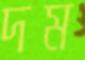
দম